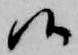
候